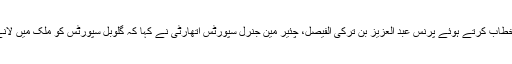
ریاض میں منعقد ہونے والی اکتوبر 2019 میں ایک انوسٹ منٹ کانفرنس سے خطاب کرتے ہوئے پرنس عبد العزیز بن ترکی الفیصل، چئیر مین جنرل سپورٹس اتھارٹی نے کہا کہ گلوبل سپورٹس کو ملک میں لانے سے کس طرح اقتصادی ترقی ممکن ہوگی اور ہزاروں جابز بھی پیدا ہوں گے۔